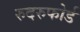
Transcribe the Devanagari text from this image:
रुदरुफोर्ड